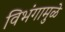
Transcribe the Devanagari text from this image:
विभंगामुळे